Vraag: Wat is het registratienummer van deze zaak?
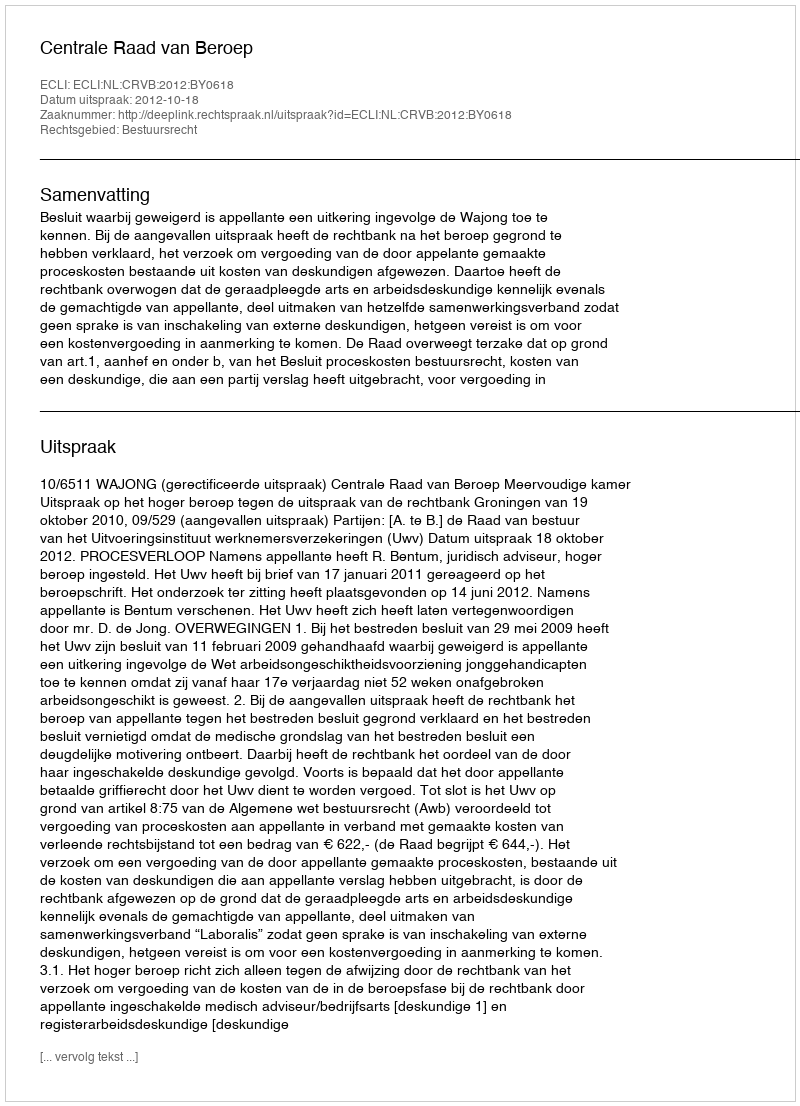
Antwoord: http://deeplink.rechtspraak.nl/uitspraak?id=ECLI:NL:CRVB:2012:BY0618